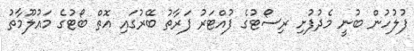
ފުލުހުން ބުނީ މެދުފުށި ރިސޯޓުގެ ފުއްޓަރު ފަރާތު ބޭރުގައި އޮތް ބޯޓުގެ މައުލޫމާތު